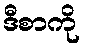
ဒီစာကို